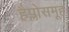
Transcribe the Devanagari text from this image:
हैप्लोसमूह